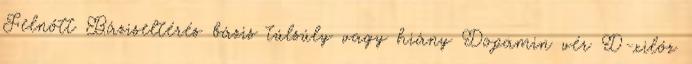
Felnőtt Báziseltérés bázis túlsúly vagy hiány Dopamin vér D-xilóz